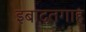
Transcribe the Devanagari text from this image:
इबादतगाह